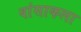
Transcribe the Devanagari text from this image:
वांसाकला